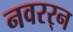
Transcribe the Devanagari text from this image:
नवरर्‍न